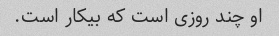
او چند روزی است که بیکار است.